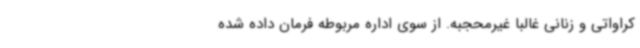
کراواتی و زنانی غالباً غیرمحجبه. از سوی اداره مربوطه فرمان داده شده